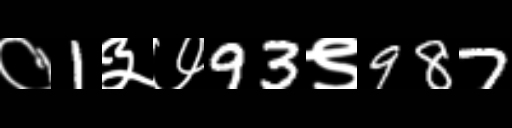
Text: ०1३७93९987